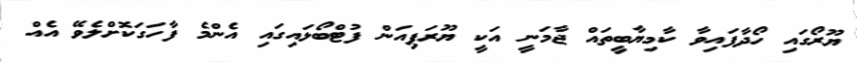
ޔޫރޯގައި ހޯދާފައިވާ ކާމިޔާބީތައް ޖާމަނީ އަކީ ޔޫރަޕިއަން ފުޓްބޯޅައިގައި އެންމެ ފާހަގަކޮށްލެވޭ އެއް